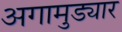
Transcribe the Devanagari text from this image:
अगामुड्यार